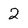
Character: 2